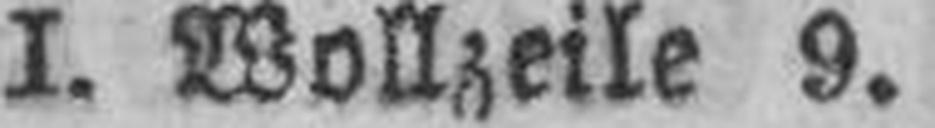
I. Wollzeile 9.